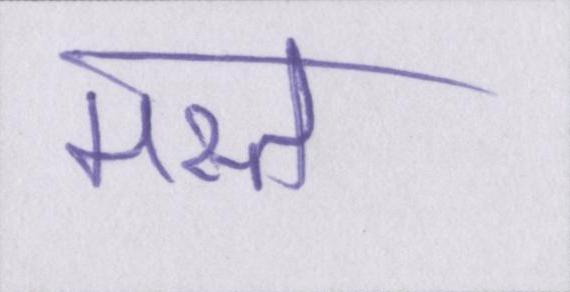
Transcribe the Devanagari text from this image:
मस्त